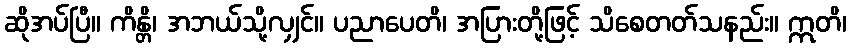
ဆိုအပ်ပြီ။ ကိန္တိ၊ အဘယ်သို့လျှင်။ ပညာပေတိ၊ အပြားတို့ဖြင့် သိစေတတ်သနည်း။ ဣတိ၊